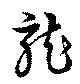
龍